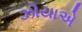
ઝોયાએ